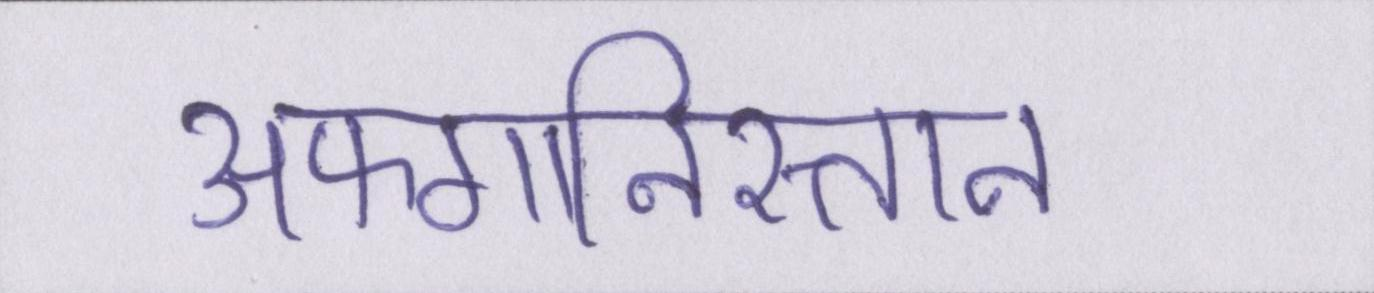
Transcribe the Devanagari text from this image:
अफगानिस्तान